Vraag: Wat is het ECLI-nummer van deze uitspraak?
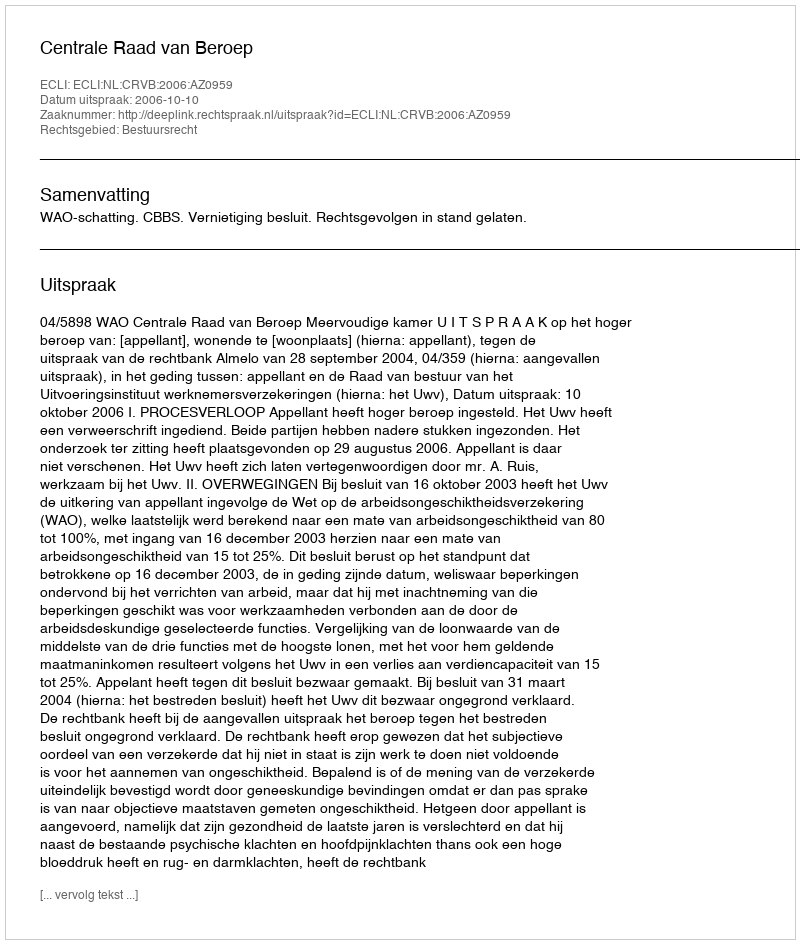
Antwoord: ECLI:NL:CRVB:2006:AZ0959